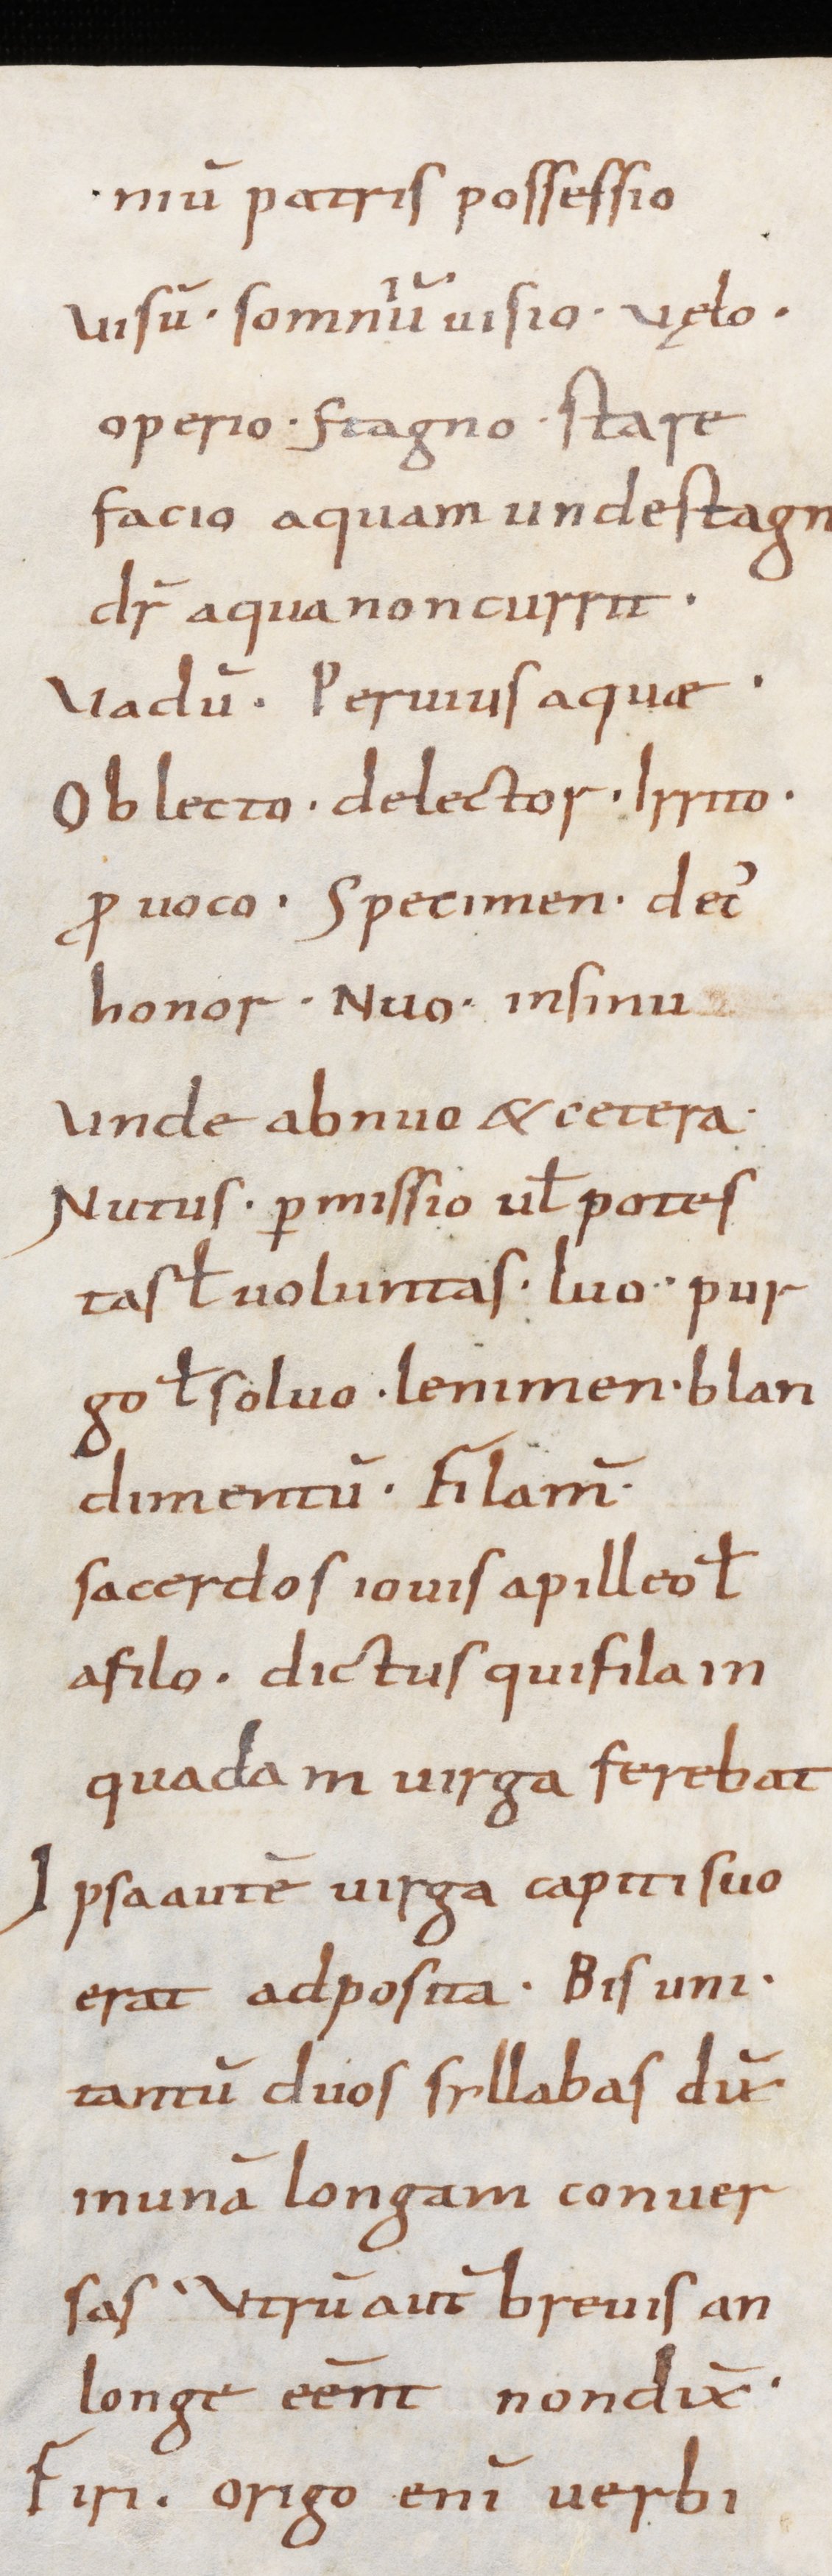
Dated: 900–1199